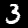
Digit: 3